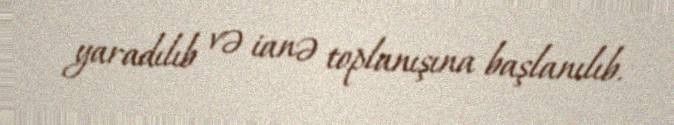
yaradılıb və ianə toplanışına başlanılıb.